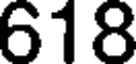
618